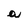
Character: a